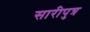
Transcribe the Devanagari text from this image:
सारीपुत्र